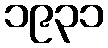
၁၉၃၁